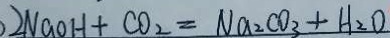
2 N a O H + C O _ { 2 } = N a _ { 2 } C O _ { 3 } + H _ { 2 } O